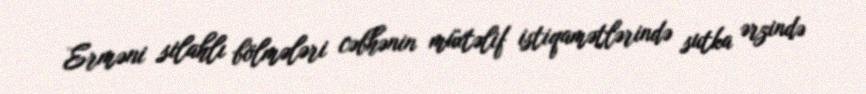
Erməni silahlı bölmələri cəbhənin müxtəlif istiqamətlərində sutka ərzində